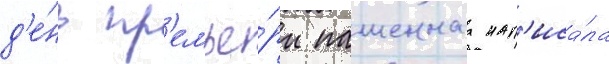
д'е́нь пр'емье́ры пашеннаа нап'иса́ла